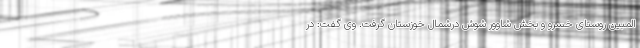
المبین روستای خسرو و بخش شاوور شوش درشمال خوزستان گرفت. وی گفت: در